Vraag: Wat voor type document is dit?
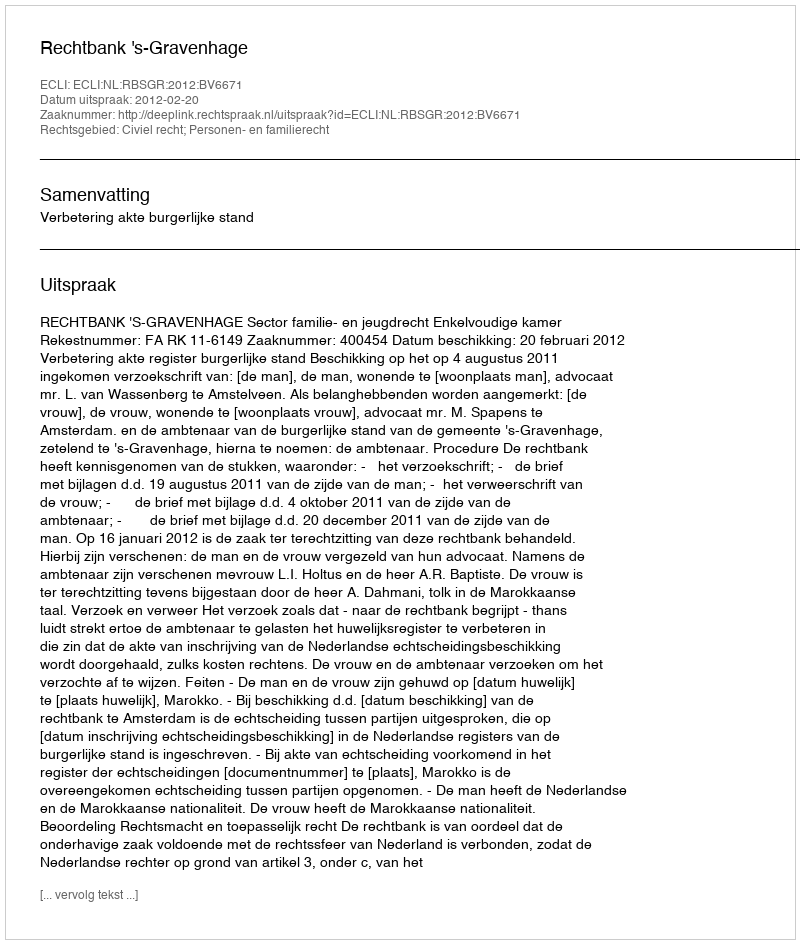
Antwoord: Uitspraak